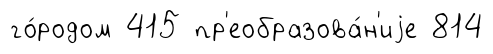
го́родом 415 пр'еобразова́н'иjе 814